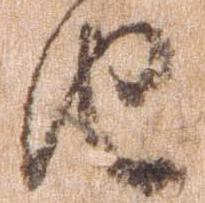
由